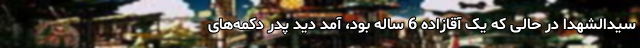
سیدالشهدا در حالی که یک آقازاده 6 ساله بود، آمد دید پدر دکمه‌های